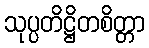
သုပ္ပတိဋ္ဌိတစိတ္တာ